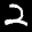
Label: 2